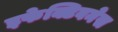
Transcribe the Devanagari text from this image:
इफेक्टिवनेस